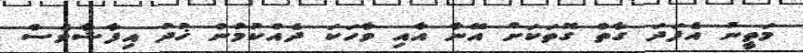
މަތީނު އެފަދަ ގާތް ގޮތަކަށް އޭނާ އާއި ވާހަކަ ދެއްކުމުން ޚުދު އިފާޝާވެސް